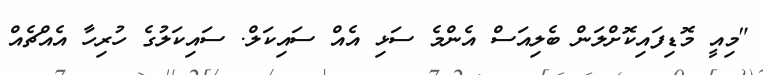
"މިއީ މޮޑިފައިކޮށްލަން ބެލިއަސް އެންމެ ސަޅި އެއް ސައިކަލް. ސައިކަލުގެ ހުރިހާ އެއްޗެއް